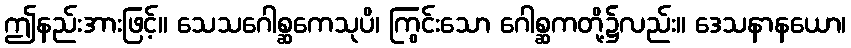
ဤနည်းအားဖြင့်။ သေသဂေါစ္ဆကေသုပိ၊ ကြွင်းသော ဂေါစ္ဆကတို့၌လည်း။ ဒေသနာနယော၊